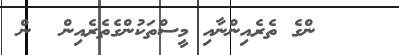
ންގެ ތެރެއިންނާއި މީސްތަކުންގެތެރެއިން  ން